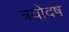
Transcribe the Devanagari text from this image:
त्रयोदष